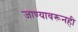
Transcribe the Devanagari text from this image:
जाण्यावरूनही